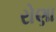
રોણા